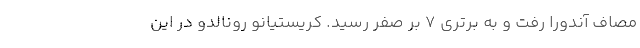
مصاف آندورا رفت و به برتری 7 بر صفر رسید. کریستیانو رونالدو در این